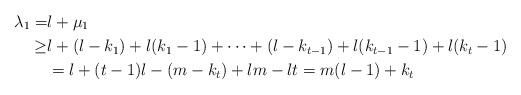
LaTeX: \begin{align*}\lambda_1=&l+\mu_1\cr\geq & l+ (l-k_1)+l(k_1-1)+\cdots+ (l-k_{t-1})+l(k_{t-1}-1)+ l(k_t-1)\cr&=l+(t-1)l-(m-k_t)+lm-lt=m(l-1)+k_t\end{align*}